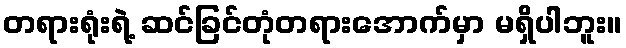
တရားရုံးရဲ့ ဆင်ခြင်တုံတရားအောက်မှာ မရှိပါဘူး။